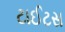
ટાઈટસ